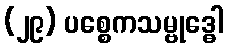
(၂၉) ပစ္စေကသမ္ဗုဒ္ဓေါ